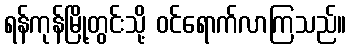
ရန်ကုန်မြို့တွင်းသို့ ဝင်ရောက်လာကြသည်။